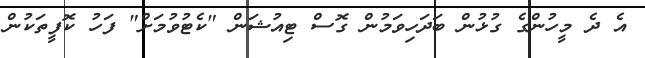
އެ ދެ މީހުންގެ ގުޅުން ބަދަހިވަމުން ގޮސް ޓިއުޝަން "ކެޓުވުމަށް" ފަހު ކޮފީތަކުން